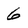
Character: 6